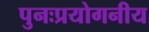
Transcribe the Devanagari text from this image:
पुनःप्रयोगनीय